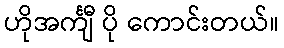
ဟိုအင်္ကျီ ပို ကောင်းတယ်။